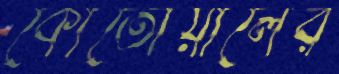
কোতোয়ালের